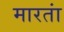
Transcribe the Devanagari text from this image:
मारतां